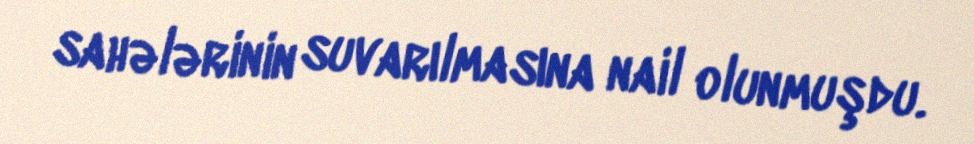
sahələrinin suvarılmasına nail olunmuşdu.